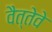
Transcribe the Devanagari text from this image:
वैत्तेवे